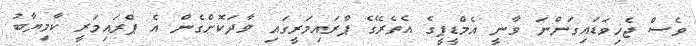
ވެސް ޖެހިވަޑައިގަންނަ ވާނީ އެމްޑީޕީގެ އެތެރޭގެ ޕްރައިމަރީގައި ވާދަކޮށްގެން އެ ޕްރައިމަރީ ކާމިޔާބު